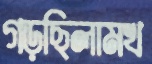
গড়ছিলামখ